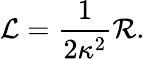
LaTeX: \mathcal{L}=\frac{1}{2\kappa^{2}}\mathcal{R}.